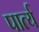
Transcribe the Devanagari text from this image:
पार्त्य